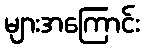
များအကြောင်း